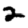
Digit: 2